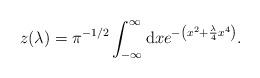
LaTeX: \begin{align*}z (\lambda) = \pi^{-1/2} \int_{- \infty}^{\infty} {\rm d} x e^{ - \left( x^2 + {\lambda \over 4} x^4 \right) }.\end{align*}